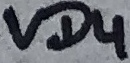
Text: VD4